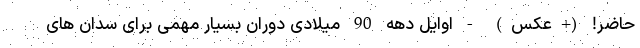
حاضر! (+عکس) - اوایل دهه 90 میلادی دوران بسیار مهمی برای سدان های